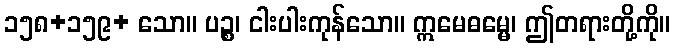
၁၅၈+၁၅၉+ သော။ ပဉ္စ၊ ငါးပါးကုန်သော။ ဣမေဓမ္မေ၊ ဤတရားတို့ကို။